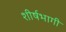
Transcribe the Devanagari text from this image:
शीर्षभागी